Source: Handwritten
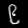
Digit: ၉ (9)